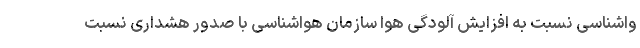
واشناسی نسبت به افزایش آلودگی هوا سازمان هواشناسی با صدور هشداری نسبت